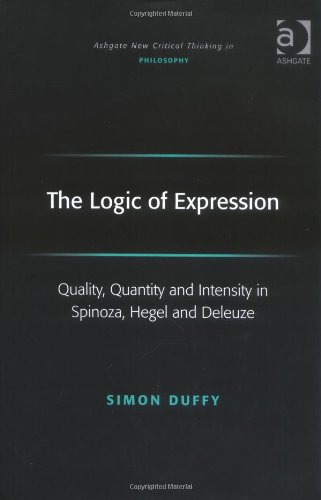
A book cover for The Logic of Expression: Quality, Quantity and Intensity in Spinoza, Hegel and Deleuze (Ashgate New Critical Thinking in Philosophy) (Ashgate New Critical Thinking in Philosophy); Simon Duffy; Politics & Social Sciences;